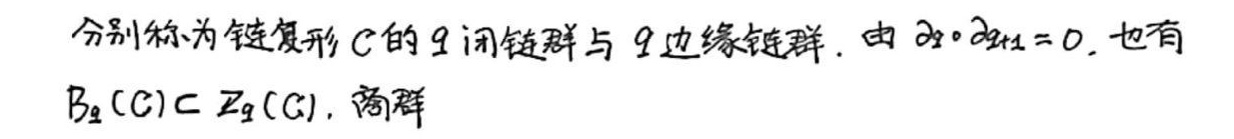
分别称为链复形 $C$ 的 $q$ 闭链群与 $q$ 边缘链群. 由 $\partial_q\circ\partial_{q + 1}=0$, 也有 $B_q(C)\subset Z_q(C)$. 商群